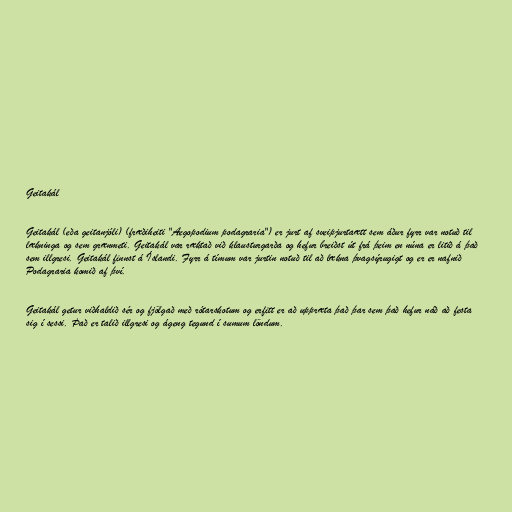
Geitakál

Geitakál (eða geitanjóli) (fræðiheiti "Aegopodium podagraria") er jurt af sveipjurtaætt sem áður fyrr var notuð til
lækninga og sem grænmeti. Geitakál var ræktað við klausturgarða og hefur breiðst út frá þeim en núna er litið á það
sem illgresi. Geitakál finnst á Íslandi. Fyrr á tímum var jurtin notuð til að lækna þvagsýrugigt og er er nafnið
Podagraria komið af því.

Geitakál getur viðhaldið sér og fjölgað með rótarskotum og erfitt er að uppræta það þar sem það hefur náð að festa
sig í sessi. Það er talið illgresi og ágeng tegund í sumum löndum.